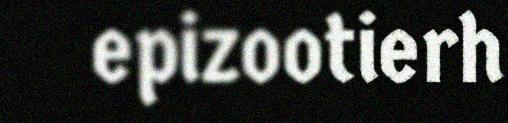
epizootierh